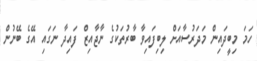
ހަމަ މިބީދައިން މަދަރުސާއަށް ލިބިފައިވާ ބާރުތަކުގެ ނާޖާއިޒް ފައިދާ ނަގައި އޭގެ ބޭނުން